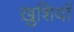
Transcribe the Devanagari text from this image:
ख़ुशियाॅ